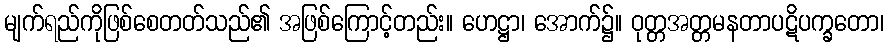
မျက်ရည်ကိုဖြစ်စေတတ်သည်၏ အဖြစ်ကြောင့်တည်း။ ဟေဋ္ဌာ၊ အောက်၌။ ဝုတ္တအတ္တမနတာပဋိပက္ခတော၊